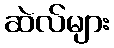
ဆဲလ်များ